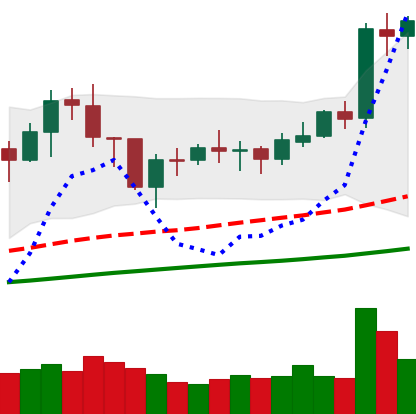
Ticker: BNB-USD
Chart end date: 2021-02-03
Forward return: 52.809%
Label: up_7plus